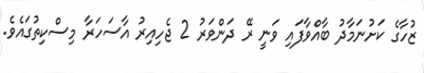
ޒުހާގެ ކަށުނަމާދު ބާއްވާފައި ވަނީ ރޭ ދަންވަރު 2 ޖެހިއިރު އާސަހަރާ މިސްކިތުގައެވެ.